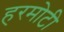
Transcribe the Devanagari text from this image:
हरमोटी